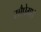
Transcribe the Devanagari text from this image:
सौपेगा।